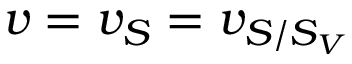
v = v _ { S } = v _ { S / S _ { V } }